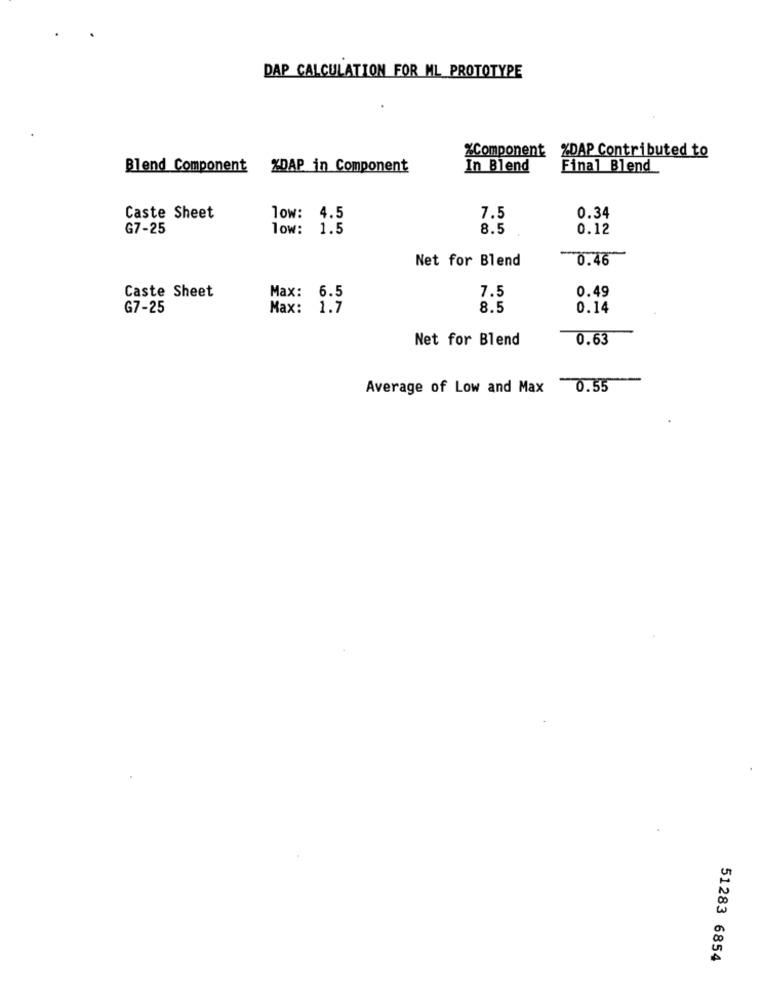
DAP CALCULATION FOR ML PROTOTYPE
%Component %DAP Contributed to
Blend Component %DAP in Component
In Blend
Final Blend
Caste Sheet
low: 4.5
7.5
0.34
G7-25
low: 1.5
8.5
0.12
Net for Blend
0.46
Max: 6.5
7.5
0.49
Caste Sheet
G7-25
Max: 1.7
8.5
0.14
Net for Blend
0.63
Average of Low and Max 0.55
51283 6854